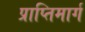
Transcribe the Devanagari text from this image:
प्राप्तिमार्ग